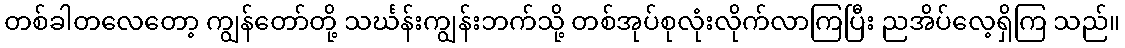
တစ်ခါတလေတော့ ကျွန်တော်တို့ သင်္ဃန်းကျွန်းဘက်သို့ တစ်အုပ်စုလုံးလိုက်လာကြပြီး ညအိပ်လေ့ရှိကြ သည်။